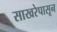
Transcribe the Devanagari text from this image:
साखरेपासून